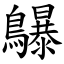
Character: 鸔